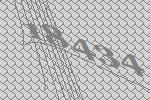
18434